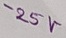
Text: -25V